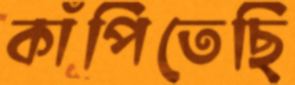
কাঁপিতেছি